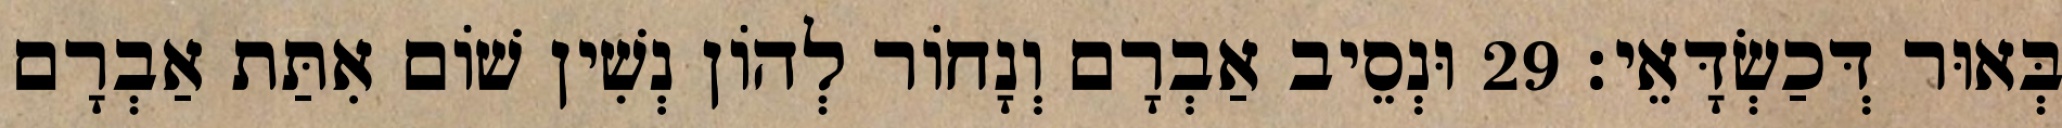
בְּאוּר דְּכַשְׂדָּאֵי׃ 29 וּנְסֵיב אַבְרָם וְנָחוֹר לְהוֹן נְשִׁין שׁוֹם אִתַּת אַבְרָם